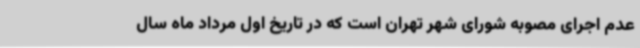
عدم اجرای مصوبه شورای شهر تهران است که در تاریخ اول مرداد ماه سال